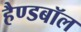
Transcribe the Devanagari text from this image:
हैण्डबॉल